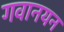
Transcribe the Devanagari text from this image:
गवानयन